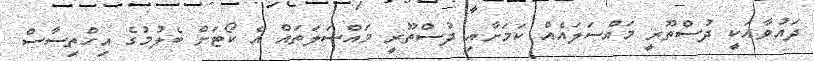
ދައުވާއަކީ ދުސްތޫރީ މައްސަލައެއް ކަމަށާއި ދުސްތޫރީ މައްސަލަތައް އެ ކޯޓަށް ބެލުމުގެ އިހްތިސާސް